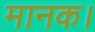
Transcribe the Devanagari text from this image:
मानक।